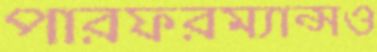
পারফরম্যান্সও